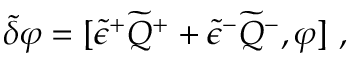
\tilde { \delta } \varphi = [ \tilde { \epsilon } ^ { + } \widetilde { Q } ^ { + } + \tilde { \epsilon } ^ { - } \widetilde { Q } ^ { - } , \varphi ] ~ ,